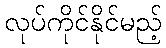
လုပ်ကိုင်နိုင်မည့်